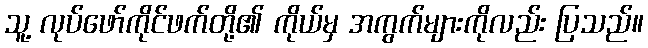
သူ့ လုပ်ဖော်ကိုင်ဖက်တို့၏ ကိုယ်မှ အကွက်များကိုလည်း ပြသည်။